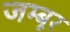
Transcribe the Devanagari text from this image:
जम्बूर